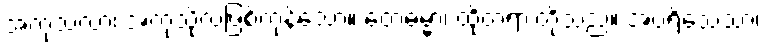
အကုသလာ၊ အကုသိုလ်ဖြစ်ကုန်သော။ တေဓမ္မာ၊ ထိုတရားတို့သည်။ အပရိသေသာ၊